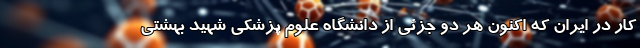
کار در ایران که اکنون هر دو جزئی از دانشگاه علوم پزشکی شهید بهشتی